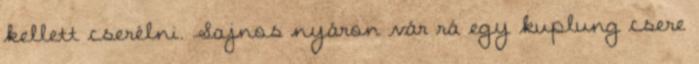
kellett cserélni. Sajnos nyáron vár rá egy kuplung csere